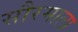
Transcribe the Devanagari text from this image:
सौरमाला